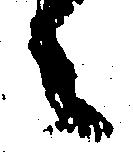
々